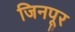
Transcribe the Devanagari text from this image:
जिनपूर